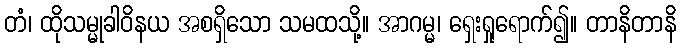
တံ၊ ထိုသမ္မုခါဝိနယ အစရှိသော သမထသို့။ အာဂမ္မ၊ ရှေးရှုရောက်၍။ တာနိတာနိ